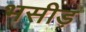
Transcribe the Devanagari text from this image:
भसीड़